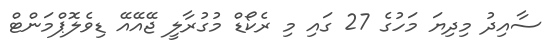
ސާއިދު މިދިޔަ މަހުގެ 27 ގައި މި ރެކޯޑް މުގުރާލީ ޖޭއޭއޭ ޑިވެލޮޕްމަންޓް